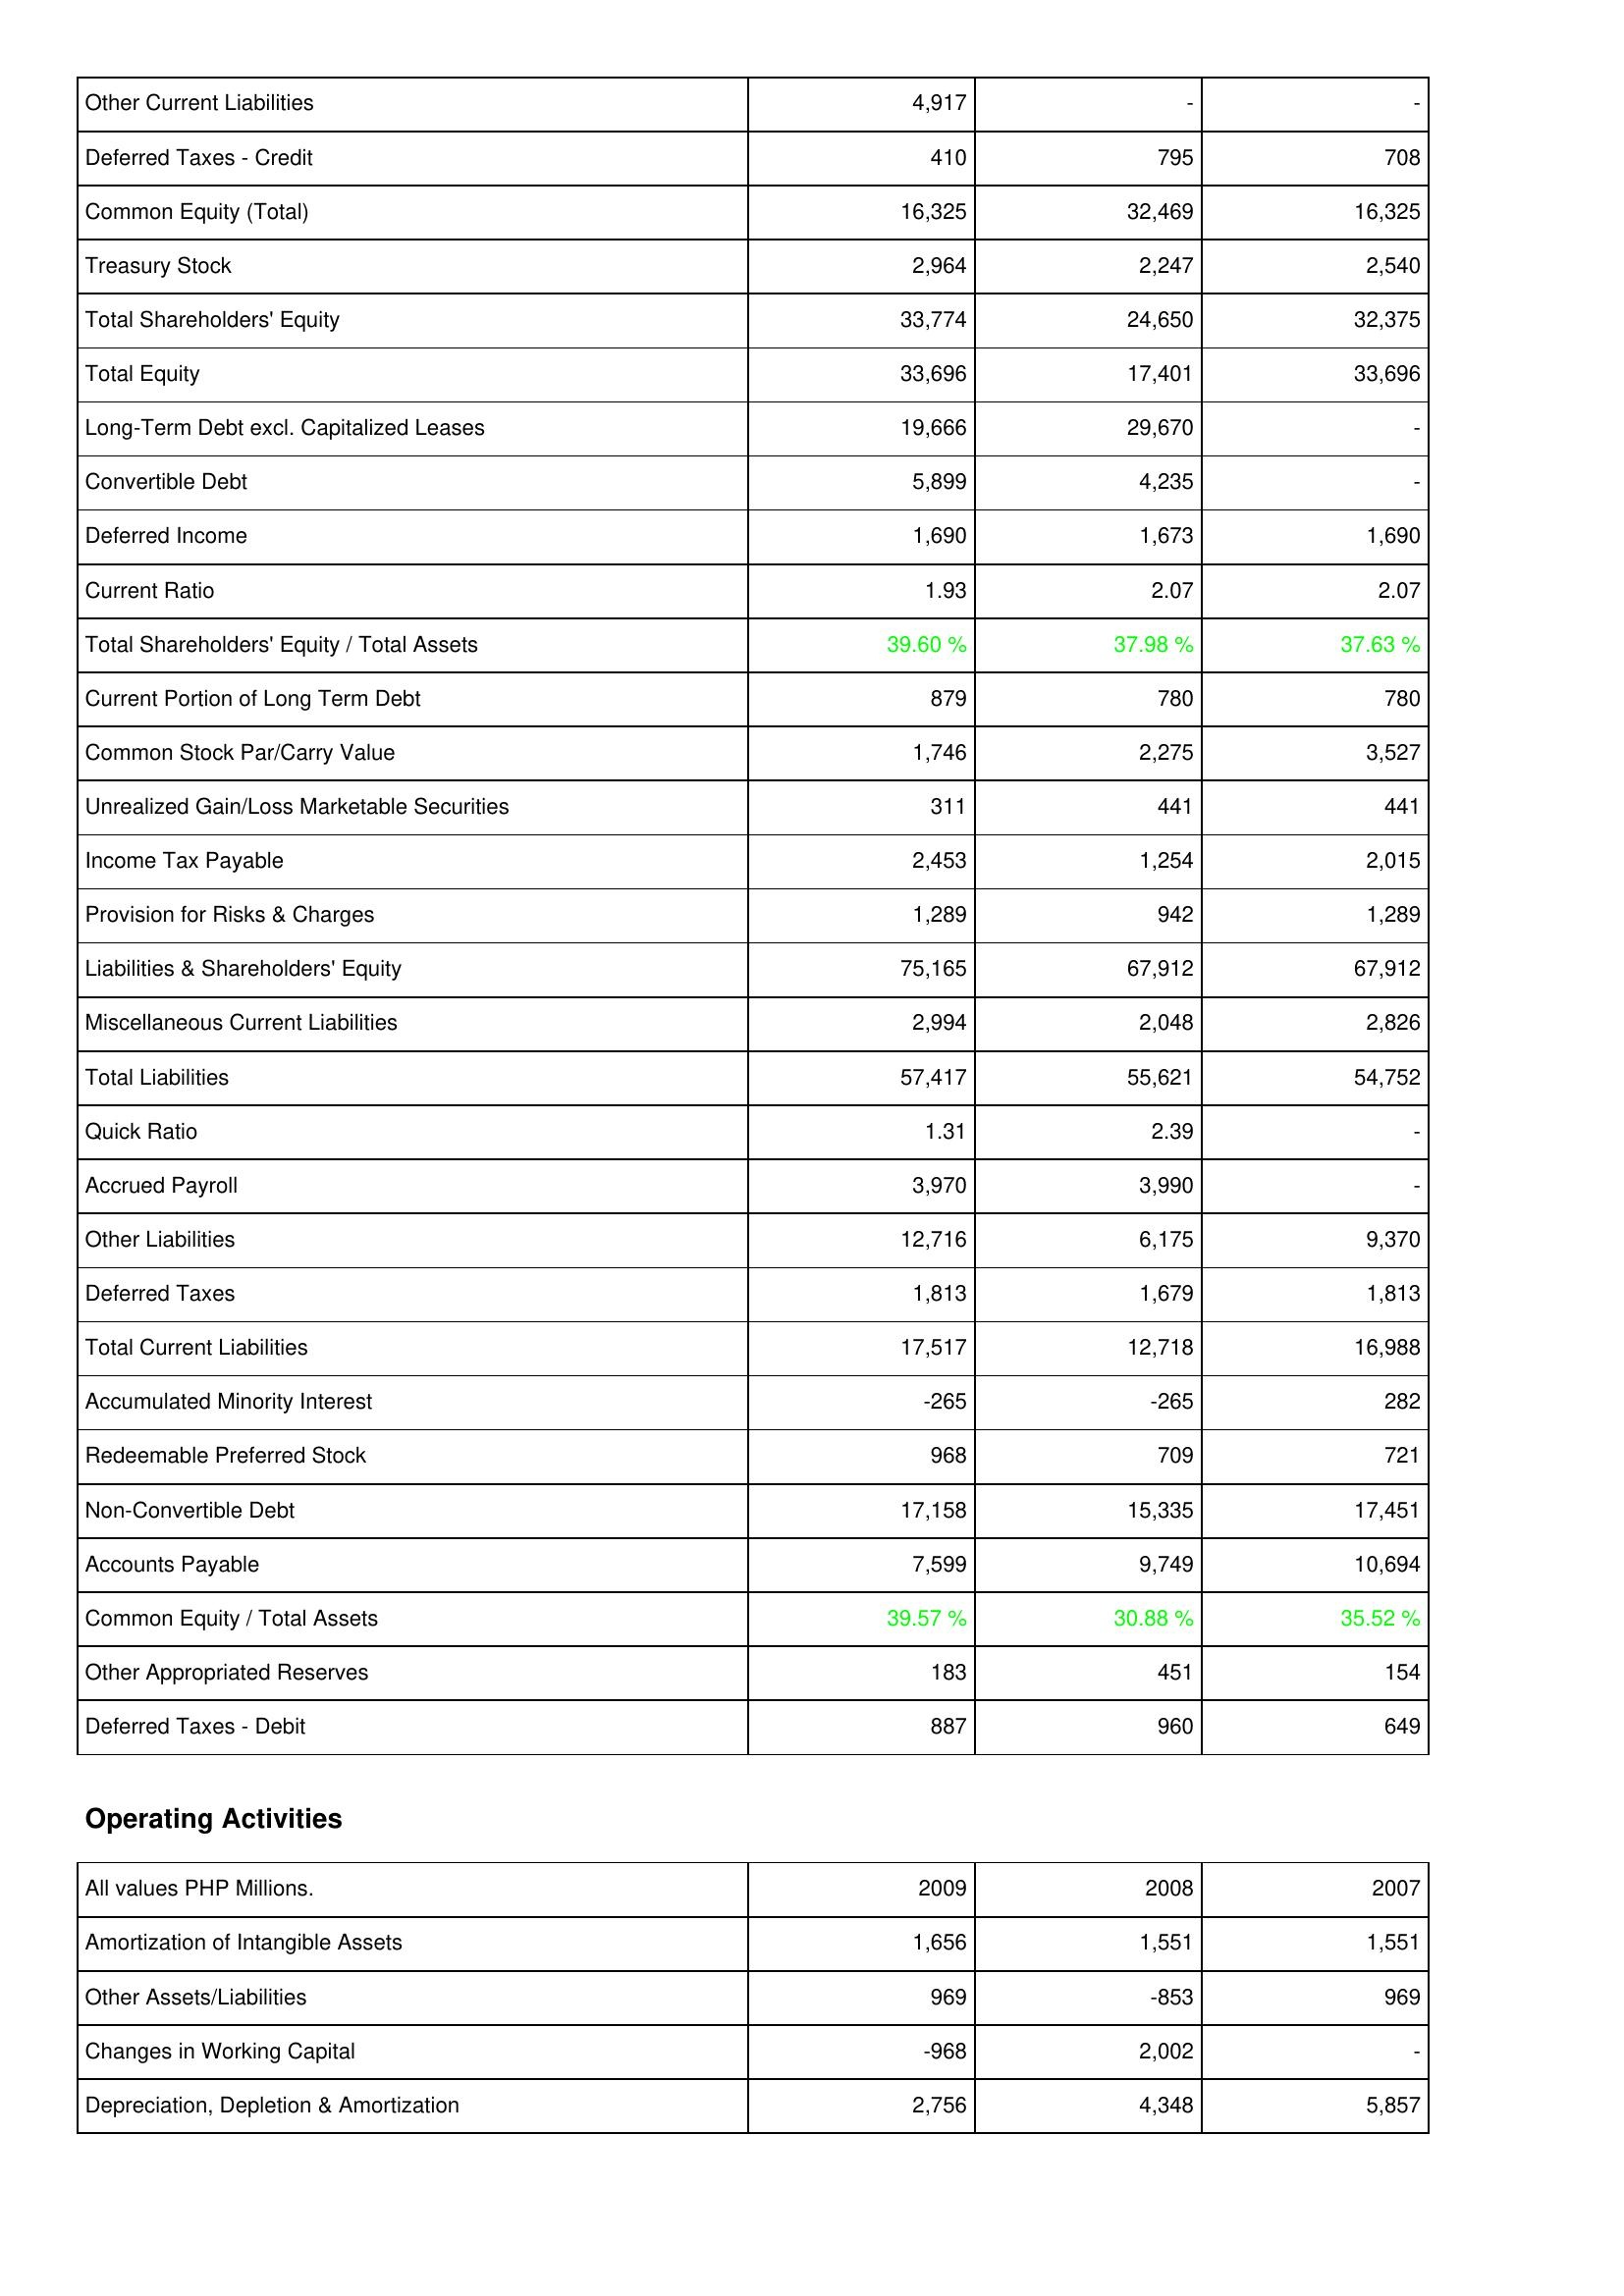
2009: Liabilities & Shareholders' Equity: Other Current Liabilities: 4,917
Deferred Taxes - Credit: 410
Common Equity (Total): 16,325
Treasury Stock: 2,964
Total Shareholders' Equity: 33,774
Total Equity: 33,696
Long-Term Debt excl. Capitalized Leases: 19,666
Convertible Debt: 5,899
Deferred Income: 1,690
Current Ratio: 1.93
Total Shareholders' Equity / Total Assets: 39.60 %
Current Portion of Long Term Debt: 879
Common Stock Par/Carry Value: 1,746
Unrealized Gain/Loss Marketable Securities: 311
Income Tax Payable: 2,453
Provision for Risks & Charges: 1,289
Liabilities & Shareholders' Equity: 75,165
Miscellaneous Current Liabilities: 2,994
Total Liabilities: 57,417
Quick Ratio: 1.31
Accrued Payroll: 3,970
Other Liabilities: 12,716
Deferred Taxes: 1,813
Total Current Liabilities: 17,517
Accumulated Minority Interest: -265
Redeemable Preferred Stock: 968
Non-Convertible Debt: 17,158
Accounts Payable: 7,599
Common Equity / Total Assets: 39.57 %
Other Appropriated Reserves: 183
Deferred Taxes - Debit: 887
Operating Activities: Amortization of Intangible Assets: 1,656
Other Assets/Liabilities: 969
Changes in Working Capital: -968
Depreciation, Depletion & Amortization: 2,756
2008: Liabilities & Shareholders' Equity: Other Current Liabilities: -
Deferred Taxes - Credit: 795
Common Equity (Total): 32,469
Treasury Stock: 2,247
Total Shareholders' Equity: 24,650
Total Equity: 17,401
Long-Term Debt excl. Capitalized Leases: 29,670
Convertible Debt: 4,235
Deferred Income: 1,673
Current Ratio: 2.07
Total Shareholders' Equity / Total Assets: 37.98 %
Current Portion of Long Term Debt: 780
Common Stock Par/Carry Value: 2,275
Unrealized Gain/Loss Marketable Securities: 441
Income Tax Payable: 1,254
Provision for Risks & Charges: 942
Liabilities & Shareholders' Equity: 67,912
Miscellaneous Current Liabilities: 2,048
Total Liabilities: 55,621
Quick Ratio: 2.39
Accrued Payroll: 3,990
Other Liabilities: 6,175
Deferred Taxes: 1,679
Total Current Liabilities: 12,718
Accumulated Minority Interest: -265
Redeemable Preferred Stock: 709
Non-Convertible Debt: 15,335
Accounts Payable: 9,749
Common Equity / Total Assets: 30.88 %
Other Appropriated Reserves: 451
Deferred Taxes - Debit: 960
Operating Activities: Amortization of Intangible Assets: 1,551
Other Assets/Liabilities: -853
Changes in Working Capital: 2,002
Depreciation, Depletion & Amortization: 4,348
2007: Liabilities & Shareholders' Equity: Other Current Liabilities: -
Deferred Taxes - Credit: 708
Common Equity (Total): 16,325
Treasury Stock: 2,540
Total Shareholders' Equity: 32,375
Total Equity: 33,696
Long-Term Debt excl. Capitalized Leases: -
Convertible Debt: -
Deferred Income: 1,690
Current Ratio: 2.07
Total Shareholders' Equity / Total Assets: 37.63 %
Current Portion of Long Term Debt: 780
Common Stock Par/Carry Value: 3,527
Unrealized Gain/Loss Marketable Securities: 441
Income Tax Payable: 2,015
Provision for Risks & Charges: 1,289
Liabilities & Shareholders' Equity: 67,912
Miscellaneous Current Liabilities: 2,826
Total Liabilities: 54,752
Quick Ratio: -
Accrued Payroll: -
Other Liabilities: 9,370
Deferred Taxes: 1,813
Total Current Liabilities: 16,988
Accumulated Minority Interest: 282
Redeemable Preferred Stock: 721
Non-Convertible Debt: 17,451
Accounts Payable: 10,694
Common Equity / Total Assets: 35.52 %
Other Appropriated Reserves: 154
Deferred Taxes - Debit: 649
Operating Activities: Amortization of Intangible Assets: 1,551
Other Assets/Liabilities: 969
Changes in Working Capital: -
Depreciation, Depletion & Amortization: 5,857